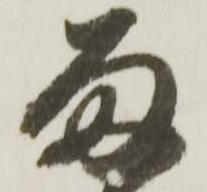
雨